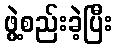
ဖွဲ့စည်းခဲ့ပြီး